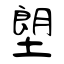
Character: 塱